Civil Veterinary Department. Madras. Admin. report 1926-33 - 1926-1933
Year: 1926
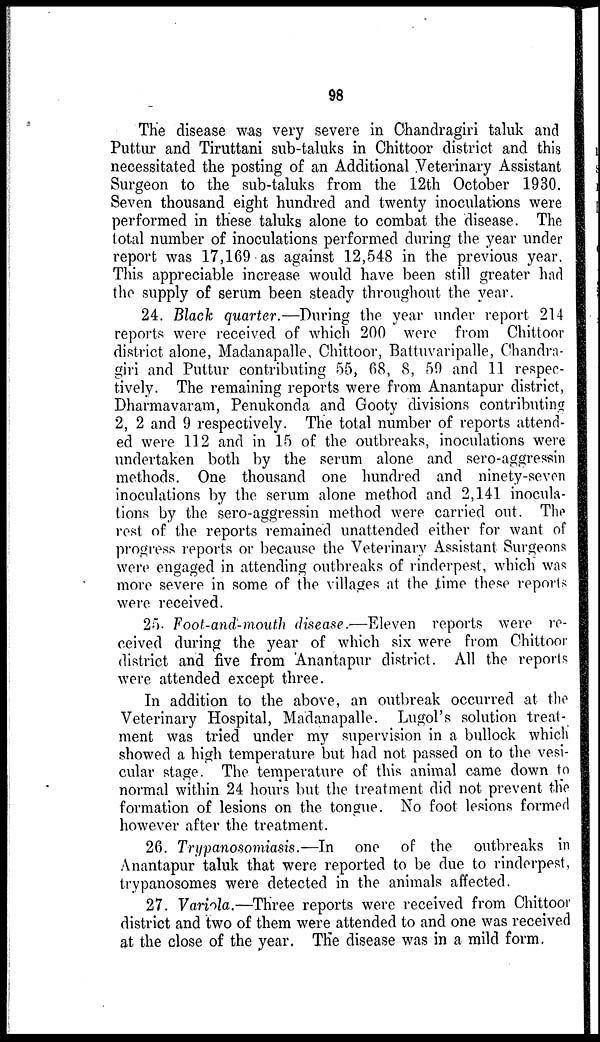
98
The disease was very severe in Chandragiri taluk and
Puttur and Tiruttani sub-taluks in Chittoor district and this
necessitated the posting of an Additional Veterinary Assistant
Surgeon to the sub-taluks from the 12th October 1930.
Seven thousand eight hundred and twenty inoculations were
performed in these taluks alone to combat the disease. The
total number of inoculations performed during the year under
report was 17,169 as against 12,548 in the previous year.
This appreciable increase would have been still greater had
the supply of serum been steady throughout the year.
24. Black quarter.—During the year under report 214
reports were received of which 200 were from Chittoor
district alone, Madanapalle, Chittoor, Battuvaripalle, Chandra-
giri and Puttur contributing 55, 68, 8, 59 and 11 respec-
tively. The remaining reports were from Anantapur district,
Dharmavaram, Penukonda and Gooty divisions contributing
2, 2 and 9 respectively. The total number of reports attend-
ed were 112 and in 15 of the outbreaks, inoculations were
undertaken both by the serum alone and sero-aggressin
methods. One thousand one hundred and ninety-seven
inoculations by the serum alone method and 2,141 inocula-
tions by the sero-aggressin method were carried out. The
rest of the reports remained unattended either for want of
progress reports or because the Veterinary Assistant Surgeons
were engaged in attending outbreaks of rinderpest, which was
more severe in some of the villages at the time these reports
were received.
25. Foot-and-mouth disease.—Eleven reports were re-
ceived during the year of which six were from Chittoor
district and five from Anantapur district. All the reports
were attended except three.
In addition to the above, an outbreak occurred at the
Veterinary Hospital, Madanapalle. Lugol's solution treat-
ment was tried under my supervision in a bullock which
showed a high temperature but had not passed on to the vesi-
cular stage. The temperature of this animal came down to
normal within 24 hours but the treatment did not prevent the
formation of lesions on the tongue. No foot lesions formed
however after the treatment.
26. Trypanosomiasis.—In
one of the outbreaks in
Anantapur taluk that were reported to be due to rinderpest,
trypanosomes were detected in the animals affected.
27. Variola.—Three reports were received from Chittoor
district and two of them were attended to and one was received
at the close of the year. The disease was in a mild form.